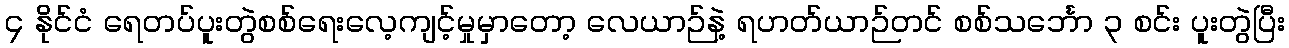
၄ နိုင်ငံ ရေတပ်ပူးတွဲစစ်ရေးလေ့ကျင့်မှုမှာတော့ လေယာဉ်နဲ့ ရဟတ်ယာဉ်တင် စစ်သင်္ဘော ၃ စင်း ပူးတွဲပြီး